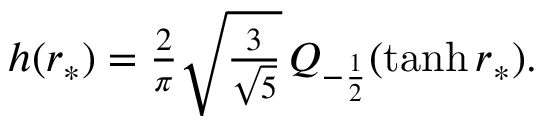
\begin{array} { r } { h ( r _ { * } ) = \frac { 2 } { \pi } \sqrt { \frac { 3 } { \sqrt { 5 } } } \, Q _ { - \frac { 1 } { 2 } } ( \operatorname { t a n h } r _ { * } ) . } \end{array}